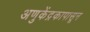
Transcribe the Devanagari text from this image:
अणुकेंद्रकापासून